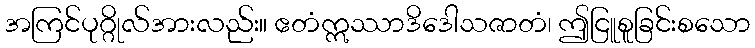
အကြင်ပုဂ္ဂိုလ်အားလည်း။ ဧတံဣဿာဒိဒေါသဇာတံ၊ ဤငြူစူခြင်းစသော